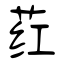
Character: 荭